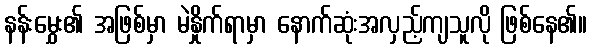
နန်းမွှေး၏ အဖြစ်မှာ မဲနှိုက်ရာမှာ နောက်ဆုံးအလှည့်ကျသူလို ဖြစ်နေ၏။